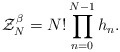
\begin{align*}\mathcal Z_N^\beta=N!\prod_{n=0}^{N-1}h_n.\end{align*}